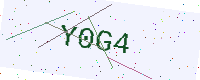
Text: Y0G4